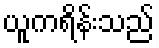
ယူကရိန်းသည်